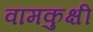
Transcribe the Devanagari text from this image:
वामकुक्षी